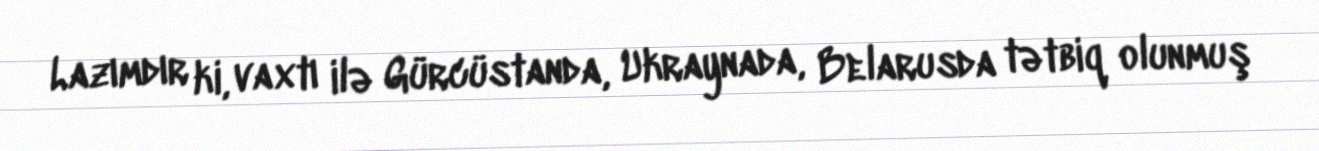
Lazımdır ki, vaxtı ilə Gürcüstanda, Ukraynada, Belarusda tətbiq olunmuş